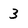
Character: 3